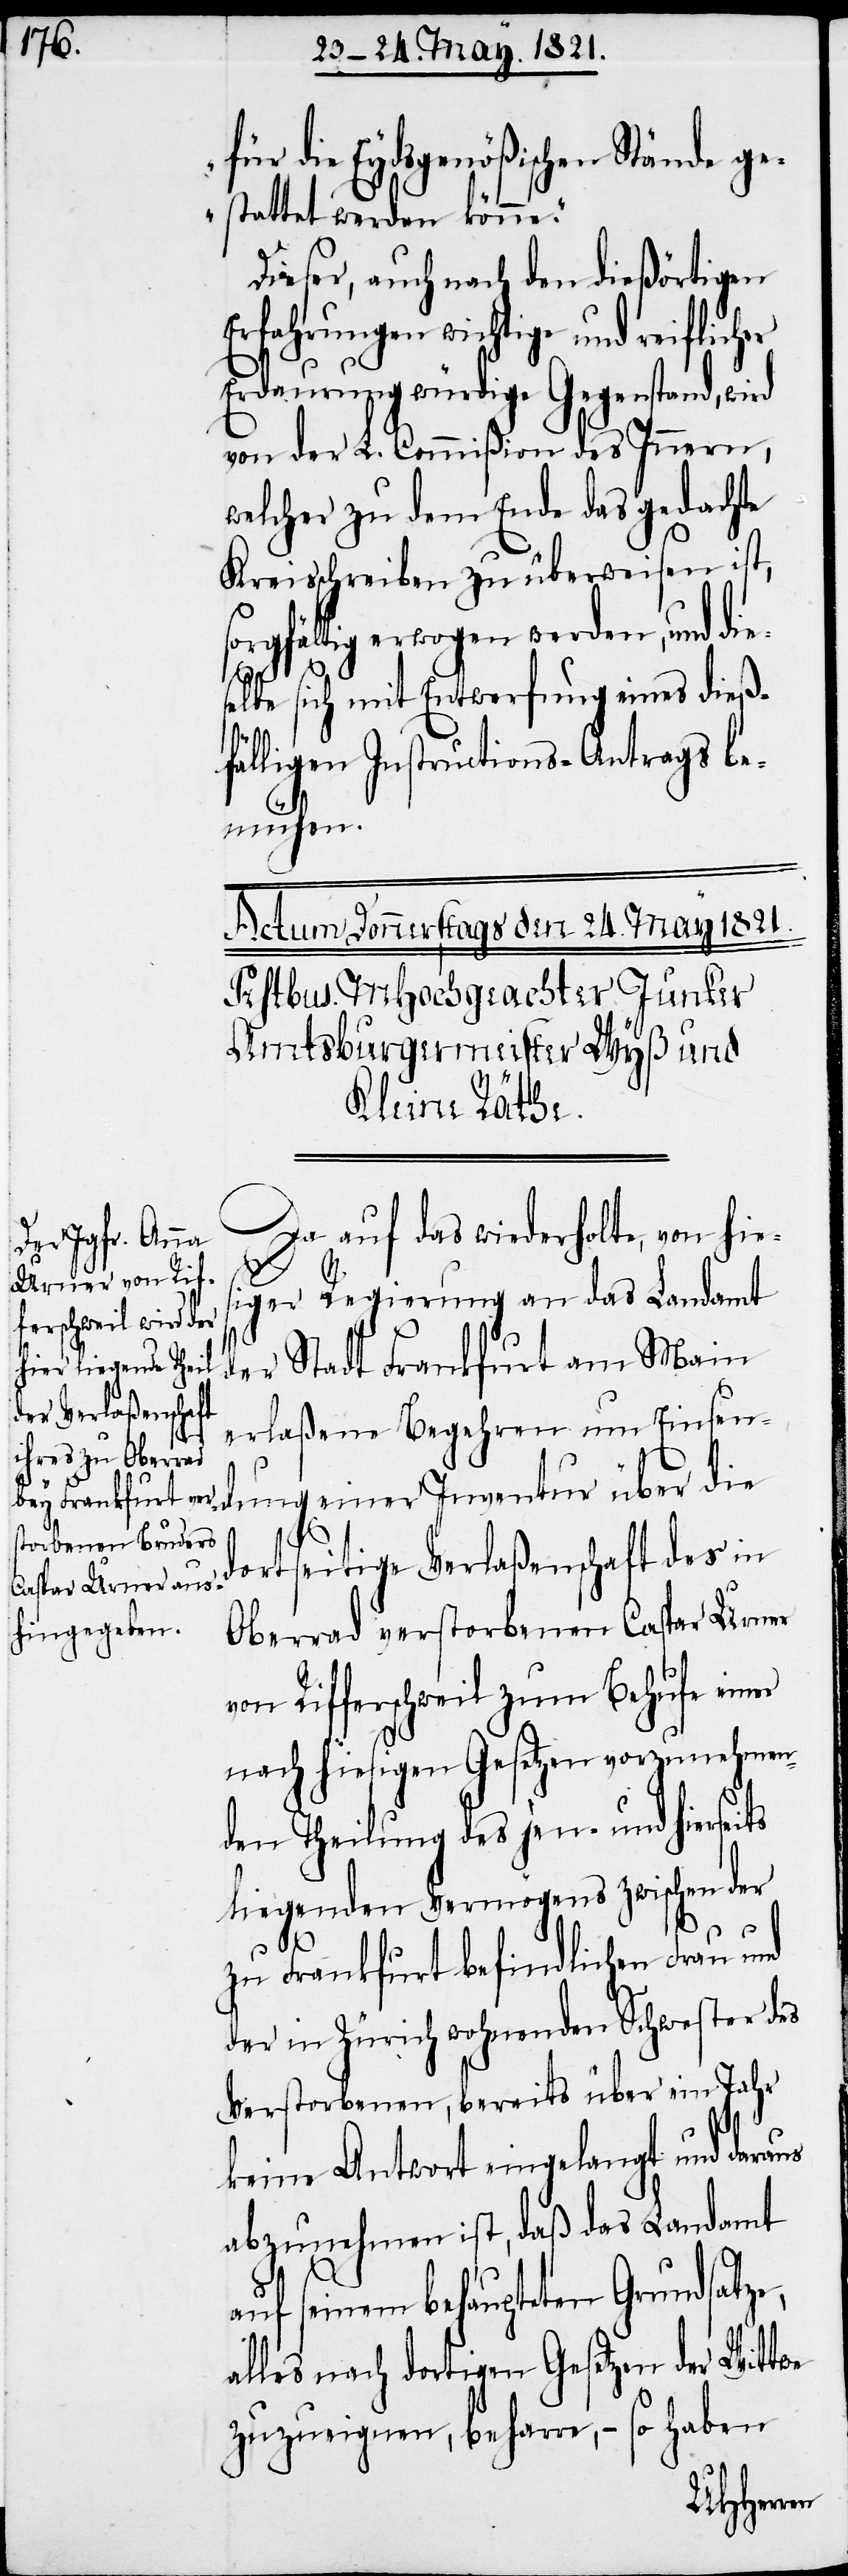
für die Eydsgenößischen Stände ge¬
stattet werden könne.“
Dieser, auch nach den dießörtigen
Erfahrungen wichtige und reiflich¬
Erdauerung würdige Gegenstand, wird
von der L. Commißion des Innern,
welcher zu dem Ende das gedachte
Kreisschreiben zu überweisen ist,
rgfältig erwogen werden, und di¬
ts
elbe sich mit Entwerfung eines dieß¬
fälligen Instructions-Antrags be¬
mühen.
Da auf das wiederholte, von hie¬
siger Regierung an das Landamt
der Stadt Frankfurt am Main
erlaßene Begehren um Einsen¬
dung einer Inventur über die
dortseitige Verlaßenschaft des in
Oberrad verstorbenen Caspar Urner
von Rifferschweil zum Behufe einer
nach hiesigen Gesetzen vorzunehmen¬
den Theilung des jen- und hiersei¬
liegenden Vermögens zwischen der
zu Frankfurt befindlichen Frau und
der in Zürich wohnenden Schwester des
Verstorbenen, bereits über ein Jahr
keine Antwort eingelangt und daraus
anzunehmen ist, daß das Landamt
auf seinem behaupteten Grundsatze,
alles nach dortigen Gesetzen der Wittwe
zuzueignen, beharre, – so haben